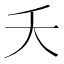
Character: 夭